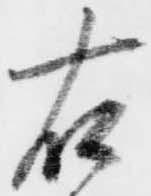
右